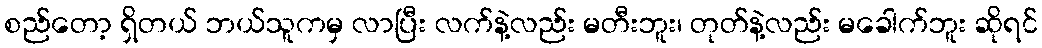
စည်တော့ ရှိတယ် ဘယ်သူကမှ လာပြီး လက်နဲ့လည်း မတီးဘူး၊ တုတ်နဲ့လည်း မခေါက်ဘူး ဆိုရင်